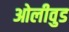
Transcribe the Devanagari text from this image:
ओलीवुड